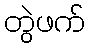
တွဲဖက်